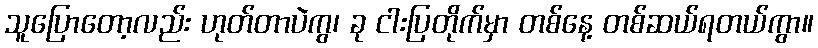
သူပြောတော့လည်း ဟုတ်တာပဲကွ၊ ခု ငါးပြတိုက်မှာ တစ်နေ့ တစ်ဆယ်ရတယ်ကွာ။